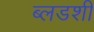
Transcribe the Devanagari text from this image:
ब्लडशी